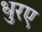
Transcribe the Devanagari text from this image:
धुरए